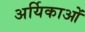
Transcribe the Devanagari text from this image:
अर्यिकाओं